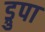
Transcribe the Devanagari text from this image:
ड्रुपा